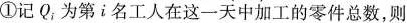
①记Q，为第i名工人在这一天中加工的零件总数，则